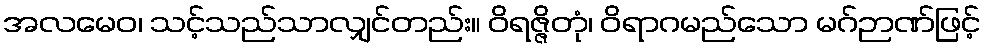
အလမေဝ၊ သင့်သည်သာလျှင်တည်း။ ဝိရဇ္ဇိတုံ၊ ဝိရာဂမည်သော မဂ်ဉာဏ်ဖြင့်